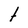
Character: t